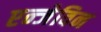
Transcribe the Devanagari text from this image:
एन्जेविन